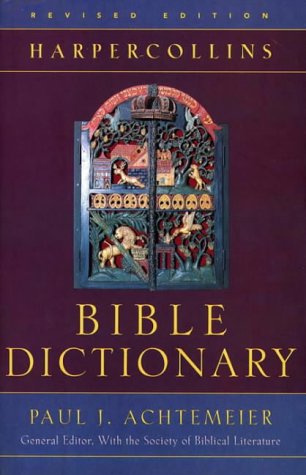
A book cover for HarperCollins Bible Dictionary; Paul J. Achtemeier; Christian Books & Bibles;